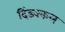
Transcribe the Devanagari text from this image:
दिंडक्कल